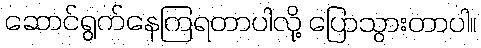
ဆောင်ရွက်နေကြရတာပါလို့ ပြောသွားတာပါ။